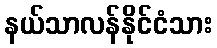
နယ်သာလန်နိုင်ငံသား